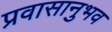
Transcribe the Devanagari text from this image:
प्रवासानुभव